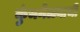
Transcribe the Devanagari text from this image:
कुंभमेळ्याची